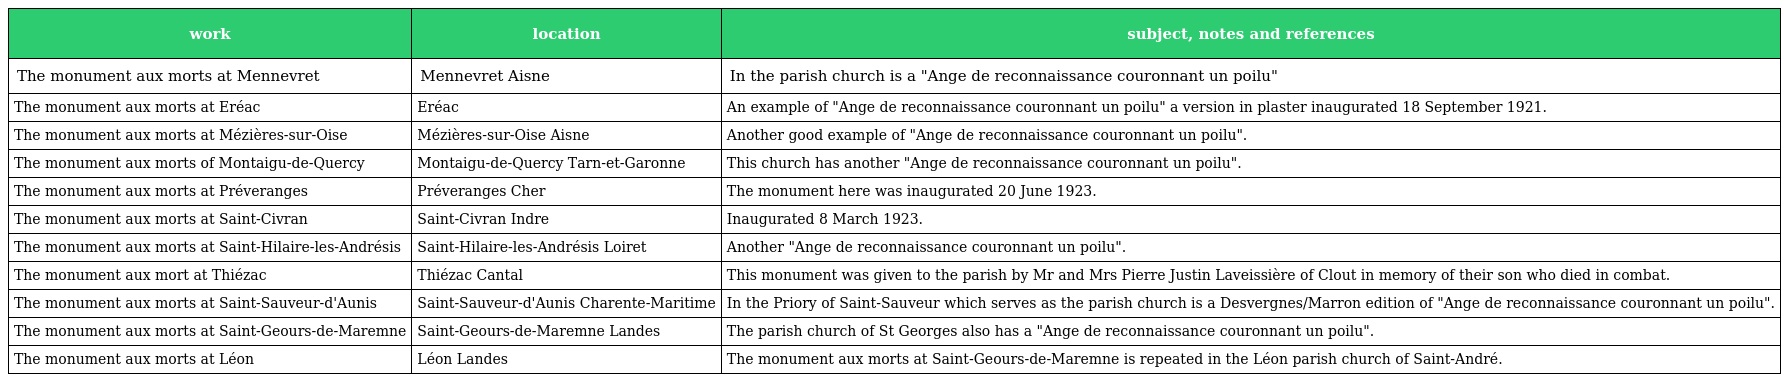
| work | location | subject, notes and references |
 | --- | --- | --- |
 | The monument aux morts at Mennevret | Mennevret Aisne | In the parish church is a "Ange de reconnaissance couronnant un poilu" |
 | The monument aux morts at Eréac | Eréac | An example of "Ange de reconnaissance couronnant un poilu" a version in plaster inaugurated 18 September 1921. |
 | The monument aux morts at Mézières-sur-Oise | Mézières-sur-Oise Aisne | Another good example of "Ange de reconnaissance couronnant un poilu". |
 | The monument aux morts of Montaigu-de-Quercy | Montaigu-de-Quercy Tarn-et-Garonne | This church has another "Ange de reconnaissance couronnant un poilu". |
 | The monument aux morts at Préveranges | Préveranges Cher | The monument here was inaugurated 20 June 1923. |
 | The monument aux morts at Saint-Civran | Saint-Civran Indre | Inaugurated 8 March 1923. |
 | The monument aux morts at Saint-Hilaire-les-Andrésis | Saint-Hilaire-les-Andrésis Loiret | Another "Ange de reconnaissance couronnant un poilu". |
 | The monument aux mort at Thiézac | Thiézac Cantal | This monument was given to the parish by Mr and Mrs Pierre Justin Laveissière of Clout in memory of their son who died in combat. |
 | The monument aux morts at Saint-Sauveur-d'Aunis | Saint-Sauveur-d'Aunis Charente-Maritime | In the Priory of Saint-Sauveur which serves as the parish church is a Desvergnes/Marron edition of "Ange de reconnaissance couronnant un poilu". |
 | The monument aux morts at Saint-Geours-de-Maremne | Saint-Geours-de-Maremne Landes | The parish church of St Georges also has a "Ange de reconnaissance couronnant un poilu". |
 | The monument aux morts at Léon | Léon Landes | The monument aux morts at Saint-Geours-de-Maremne is repeated in the Léon parish church of Saint-André. |